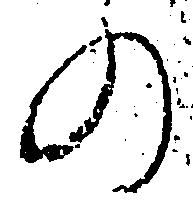
の